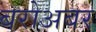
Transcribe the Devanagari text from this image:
बरोअबर